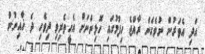
އަދި އެވަރުން ނުވެގެން ރާއްޖެ ހިފުމުގައި ހޮޅިންނަށް އެހީތެރިވި ދިވެހި ދެ ޚާއިނުން